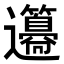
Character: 𨙢